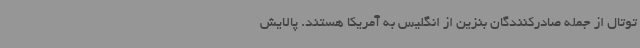
توتال از جمله صادرکنندگان بنزین از انگلیس به آمریکا هستند. پالایش